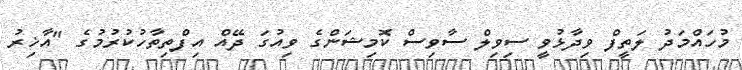
މުހައްމަދު ލަތީފް ވިދާޅުވީ ސިވިލް ސާވިސް ކޮމިޝަންގެ ވިއުގަ ދޭއް އިފްތިތާހުކުރުމުގެ "އާޚިރު